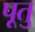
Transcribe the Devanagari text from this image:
पूतु